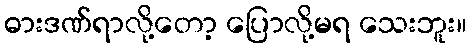
ဓားဒဏ်ရာလို့တော့ ပြောလို့မရ သေးဘူး။